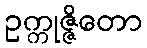
ဥက္ကုဇ္ဇိတော